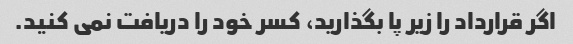
اگر قرارداد را زیر پا بگذارید، کسر خود را دریافت نمی کنید.